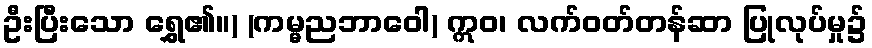
ဦးပြီးသော ရွှေ၏။) (ကမ္မညဘာဝေါ) ဣဝ၊ လက်ဝတ်တန်ဆာ ပြုလုပ်မှု၌